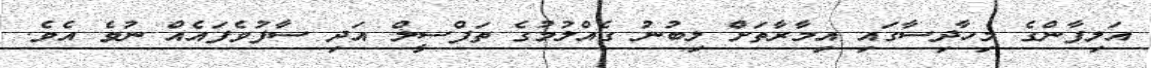
އަލިފާންގެ މިހާދިސާގައި އިމާރާތަށް ލިބުނު ގެއްލުމުގެ ތަފްސީލް އަދި ސާފުވެފައެއް ނުވެ އެވެ.